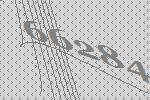
66284